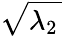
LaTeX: \sqrt{\lambda_{2}\, }